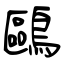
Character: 鷗